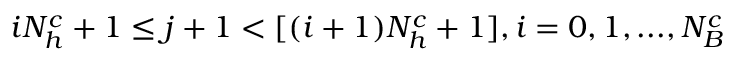
i N _ { h } ^ { c } + 1 \le j + 1 < [ ( i + 1 ) N _ { h } ^ { c } + 1 ] , i = 0 , 1 , . . . , N _ { B } ^ { c }